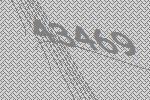
43469